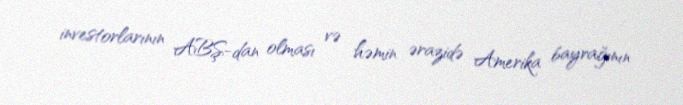
investorlarının ABŞ-dan olması və həmin ərazidə Amerika bayrağının